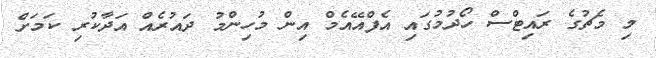
މި މެޗުގެ ރައިޓްސް ހޯދުމުގައި އެފްއޭއެމް އިން މުހިންމު ދައުރެއް އަދާކުރި ކަމަށް